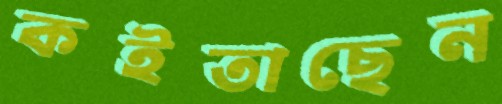
কইতাছেন